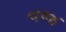
વજ